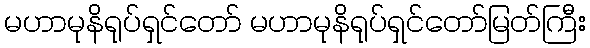
မဟာမုနိရုပ်ရှင်တော် မဟာမုနိရုပ်ရှင်တော်မြတ်ကြီး